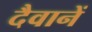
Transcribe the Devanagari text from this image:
दैवानें